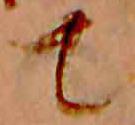
て